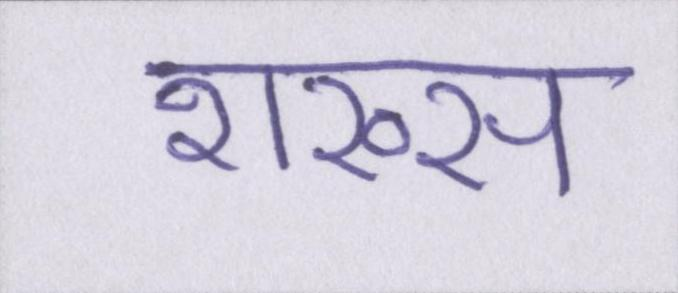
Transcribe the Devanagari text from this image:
शख्स